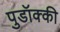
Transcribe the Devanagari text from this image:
पुडॉक्की